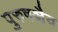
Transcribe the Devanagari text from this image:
पुरुषञ्चैव